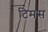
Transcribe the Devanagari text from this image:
टिमस